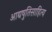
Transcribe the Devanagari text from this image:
आद्यषुतिसाहित्य